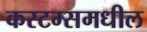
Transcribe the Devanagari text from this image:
कस्टम्समधील